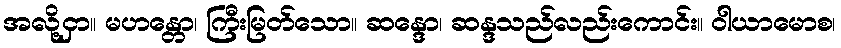
အလို့ငှာ။ မဟန္တော၊ ကြီးမြတ်သော။ ဆန္ဒော၊ ဆန္ဒသည်လည်းကောင်း။ ဝါယာမောစ၊